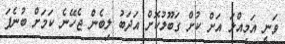
ވަނީ އަމިއްލަ އަށް ކުށް ގަބޫލުކޮށް އަދަބު ލިބެން ޖެހޭނެ ކަމަށް ބުނެފަ